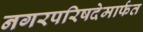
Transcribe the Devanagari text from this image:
नगरपरिषदेमार्फत